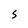
Character: 5